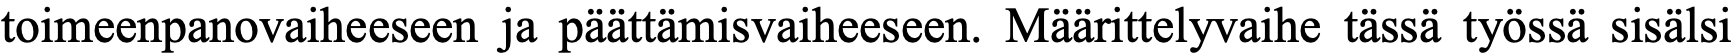
toimeenpanovaiheeseen ja päättämisvaiheeseen. Määrittelyvaihe tässä työssä sisälsi